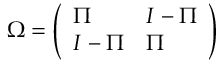
\Omega = \left( \begin{array} { l l } { { \Pi } } & { { I - \Pi } } \\ { { I - \Pi } } & { { \Pi } } \end{array} \right)